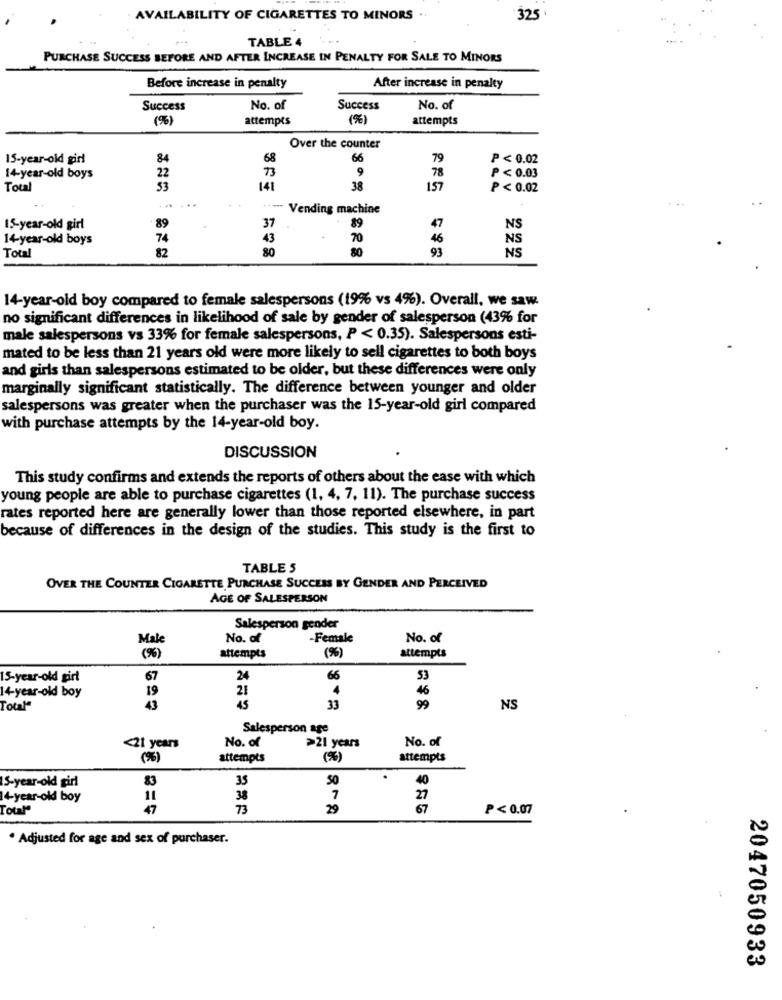
AVAILABILITY OF CIGARETTES TO MINORS
325
TABLE 4
PURCHASE SUCCESS BEFORE AND AFTER INCREASE IN PENALTY FOR SALE TO MINORS
Before increase in penalty
After increase in penalty
Success
No. of
Success
No. of
(%)
attempts
(%)
attempts
Over the counter
15-year-old girl
84
68
66
79
P < 0.02
73
78
14-year-old boys
22
9
P < 0.03
Total
53
141
38
157
P < 0.02
*** Vending machine
15-year-old girl
89
37
89
47
NS
14-year-old boys
74
43
70
46
NS
82
80
80
93
NS
Total
14-year-old boy compared to female salespersons (19% vs 4%). Overall, we saw.
no significant differences in likelihood of sale by gender of salesperson (43% for
male salespersons vs 33% for female salespersons, P < 0.35). Salespersons esti-
mated to be less than 21 years old were more likely to sell cigarettes to both boys
and girls than salespersons estimated to be older, but these differences were only
marginally significant statistically. The difference between younger and older
salespersons was greater when the purchaser was the 15-year-old girl compared
with purchase attempts by the 14-year-old boy.
DISCUSSION
This study confirms and extends the reports of others about the ease with which
young people are able to purchase cigarettes (1, 4, 7, 11). The purchase success
rates reported here are generally lower than those reported elsewhere, in part
because of differences in the design of the studies. This study is the first to
TABLE 5
OVER THE COUNTER CIGARETTE, PURCHASE SUCCESS BY GENDER AND PERCEIVED
AGE OF SALESPERSON
Salesperson gender
Male
No. of
Female
No. of
attempts
(%)
attempts
(%)
15-year-old girl
67
24
66
53
14-year-old boy
19
21
4
46
Total"
43
33
99
NS
Salesperson age
No. of
>21 years
No. of
<21 years
(%)
attempts
(%)
attempts
83
50
40
IS-year-old girl
14-year-old boy
11
38
7
27
Total"
47
73
29
67
P< 0.07
· Adjusted for age and sex of purchaser.
2047050933